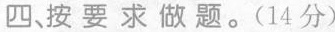
四、按要求做题。(14分)